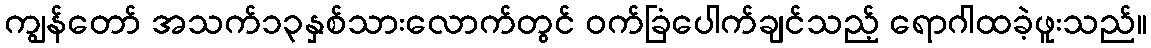
ကျွန်တော် အသက်၁၃နှစ်သားလောက်တွင် ဝက်ခြံပေါက်ချင်သည့် ရောဂါထခဲ့ဖူးသည်။